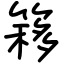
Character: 簃